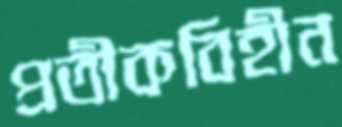
প্রতীকবিহীন